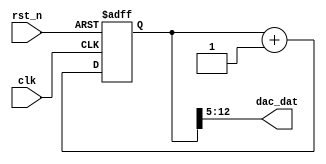
module simple_dds(
    input   clk,
    input   rst_n,
    output  wire [7:0]   dac_dat
);

// 24
reg [23:0]  phase_acc;
always @(posedge clk or negedge rst_n)
    if(!rst_n)  phase_acc <= 24'b0;
    else phase_acc <= phase_acc + 1'b1;

// 
//wire [23:0] phase = phase_acc;
//assign dac_dat = phase[23:16]; // 
wire [12:0] phase = phase_acc;
assign dac_dat = phase[12:5]; // 
endmodule